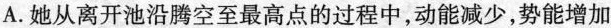
A.她从离开池沿腾空至最高点的过程中，动能减少，势能增加